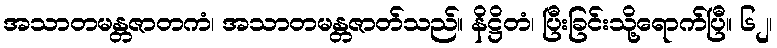
အသာတမန္တဇာတကံ၊ အသာတမန္တဇာတ်သည်။ နိဋ္ဌိတံ၊ ပြီးခြင်းသို့ရောက်ပြီ။ ၆၂၊